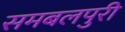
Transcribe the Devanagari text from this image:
समबलपुरी